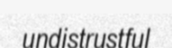
undistrustful